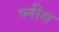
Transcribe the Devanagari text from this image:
प्लीस